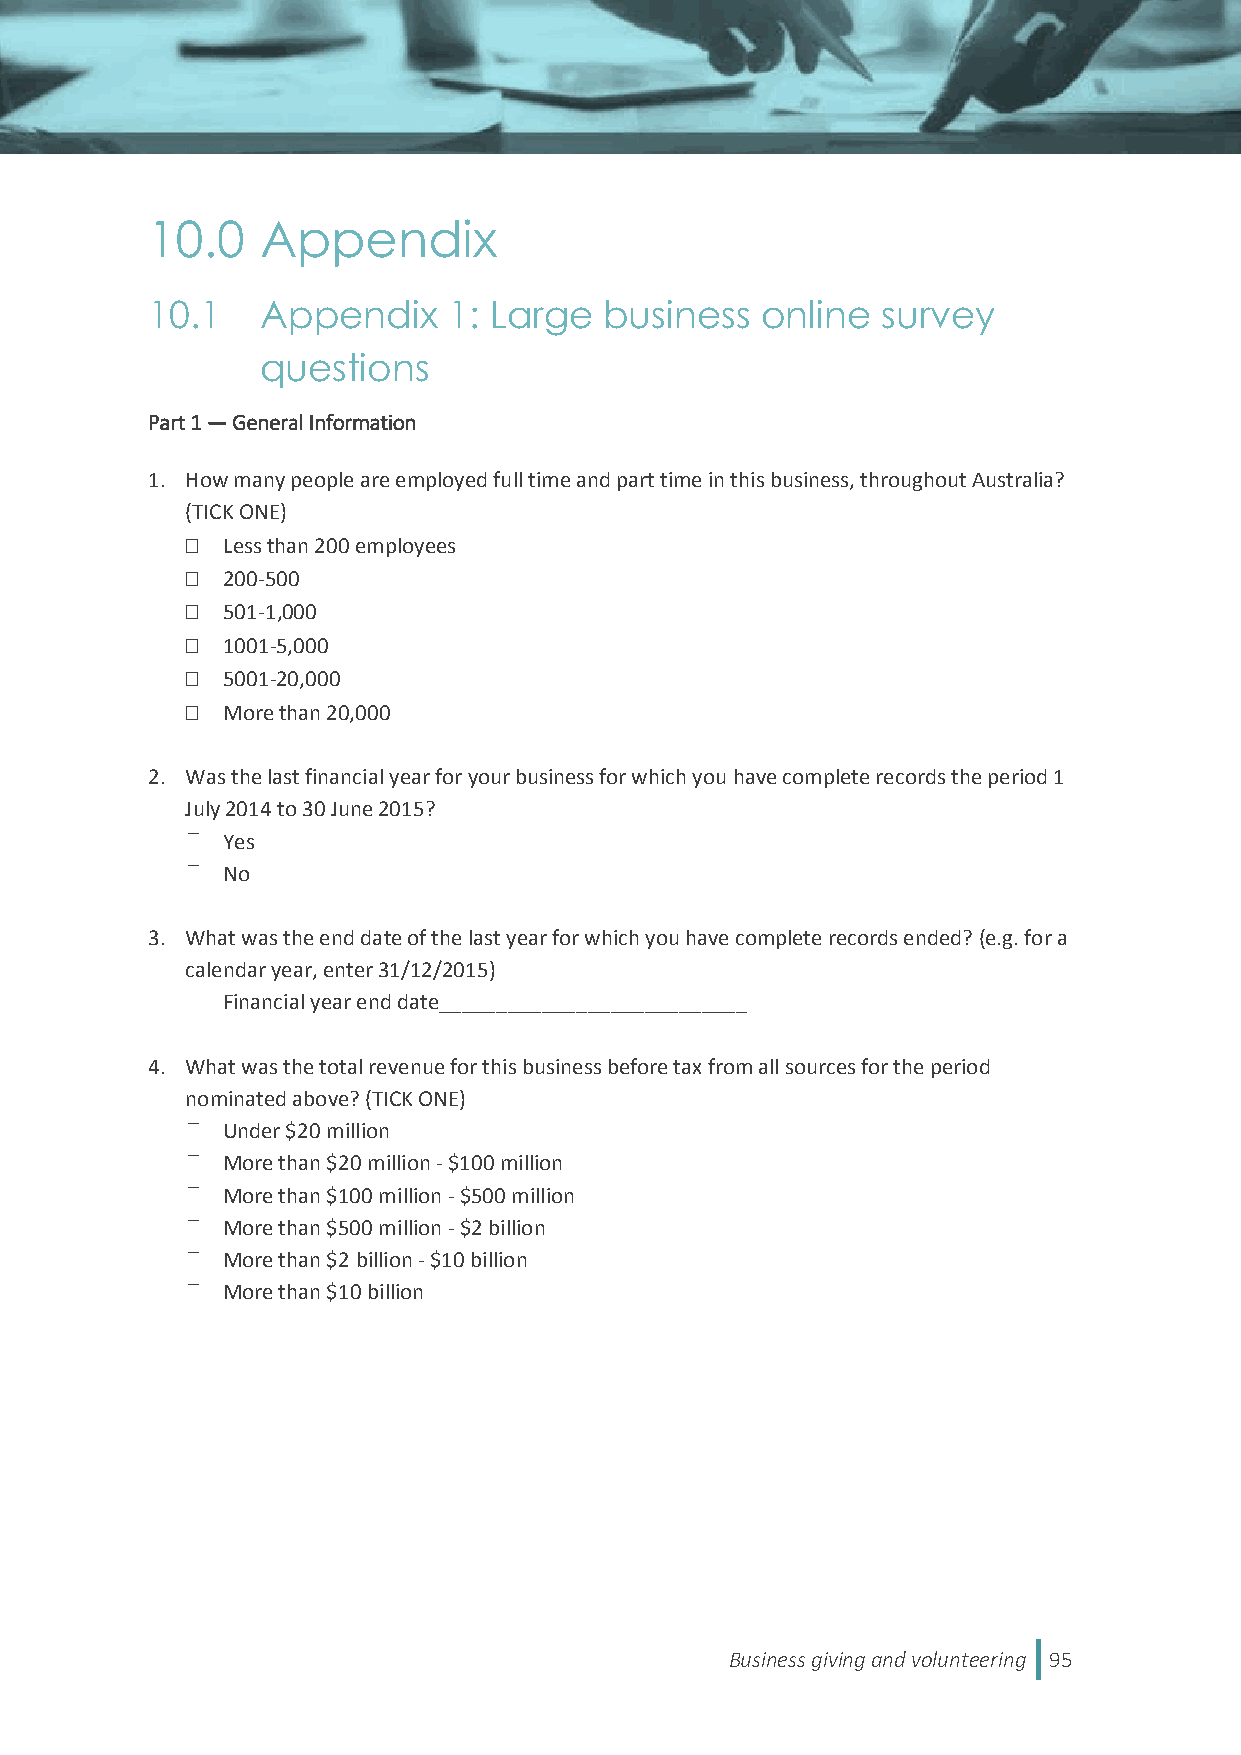
10.0   Appendix
 10.1   Appendix     1: Large  business  online  survey
 questions
 Part 1 — General Information
 1. How many people are employed full time and part time in this business, throughout Australia?
 (TICK ONE)
   Less than 200 employees
   200-500
   501-1,000
   1001-5,000
   5001-20,000
   More than 20,000
 2. Was the last financial year for your business for which you have complete records the period 1
 July 2014 to 30 June 2015?
 Yes
 No
 3. What was the end date of the last year for which you have complete records ended? (e.g. for a
 calendar year, enter 31/12/2015)
 Financial year end date___________________________
 4. What was the total revenue for this business before tax from all sources for the period
 nominated above? (TICK ONE)
 Under $20 million
 More than $20 million - $100 million
 More than $100 million - $500 million
 More than $500 million - $2 billion
 More than $2 billion - $10 billion
 More than $10 billion
 Business giving and volunteering 95